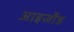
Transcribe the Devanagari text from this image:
आइजौड